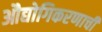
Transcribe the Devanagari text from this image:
औद्योगिकरणाची